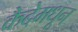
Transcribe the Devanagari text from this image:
कैदेमधून